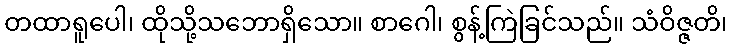
တထာရူပေါ၊ ထိုသို့သဘောရှိသော။ စာဂေါ၊ စွန့်ကြဲခြင်သည်။ သံဝိဇ္ဇတိ၊